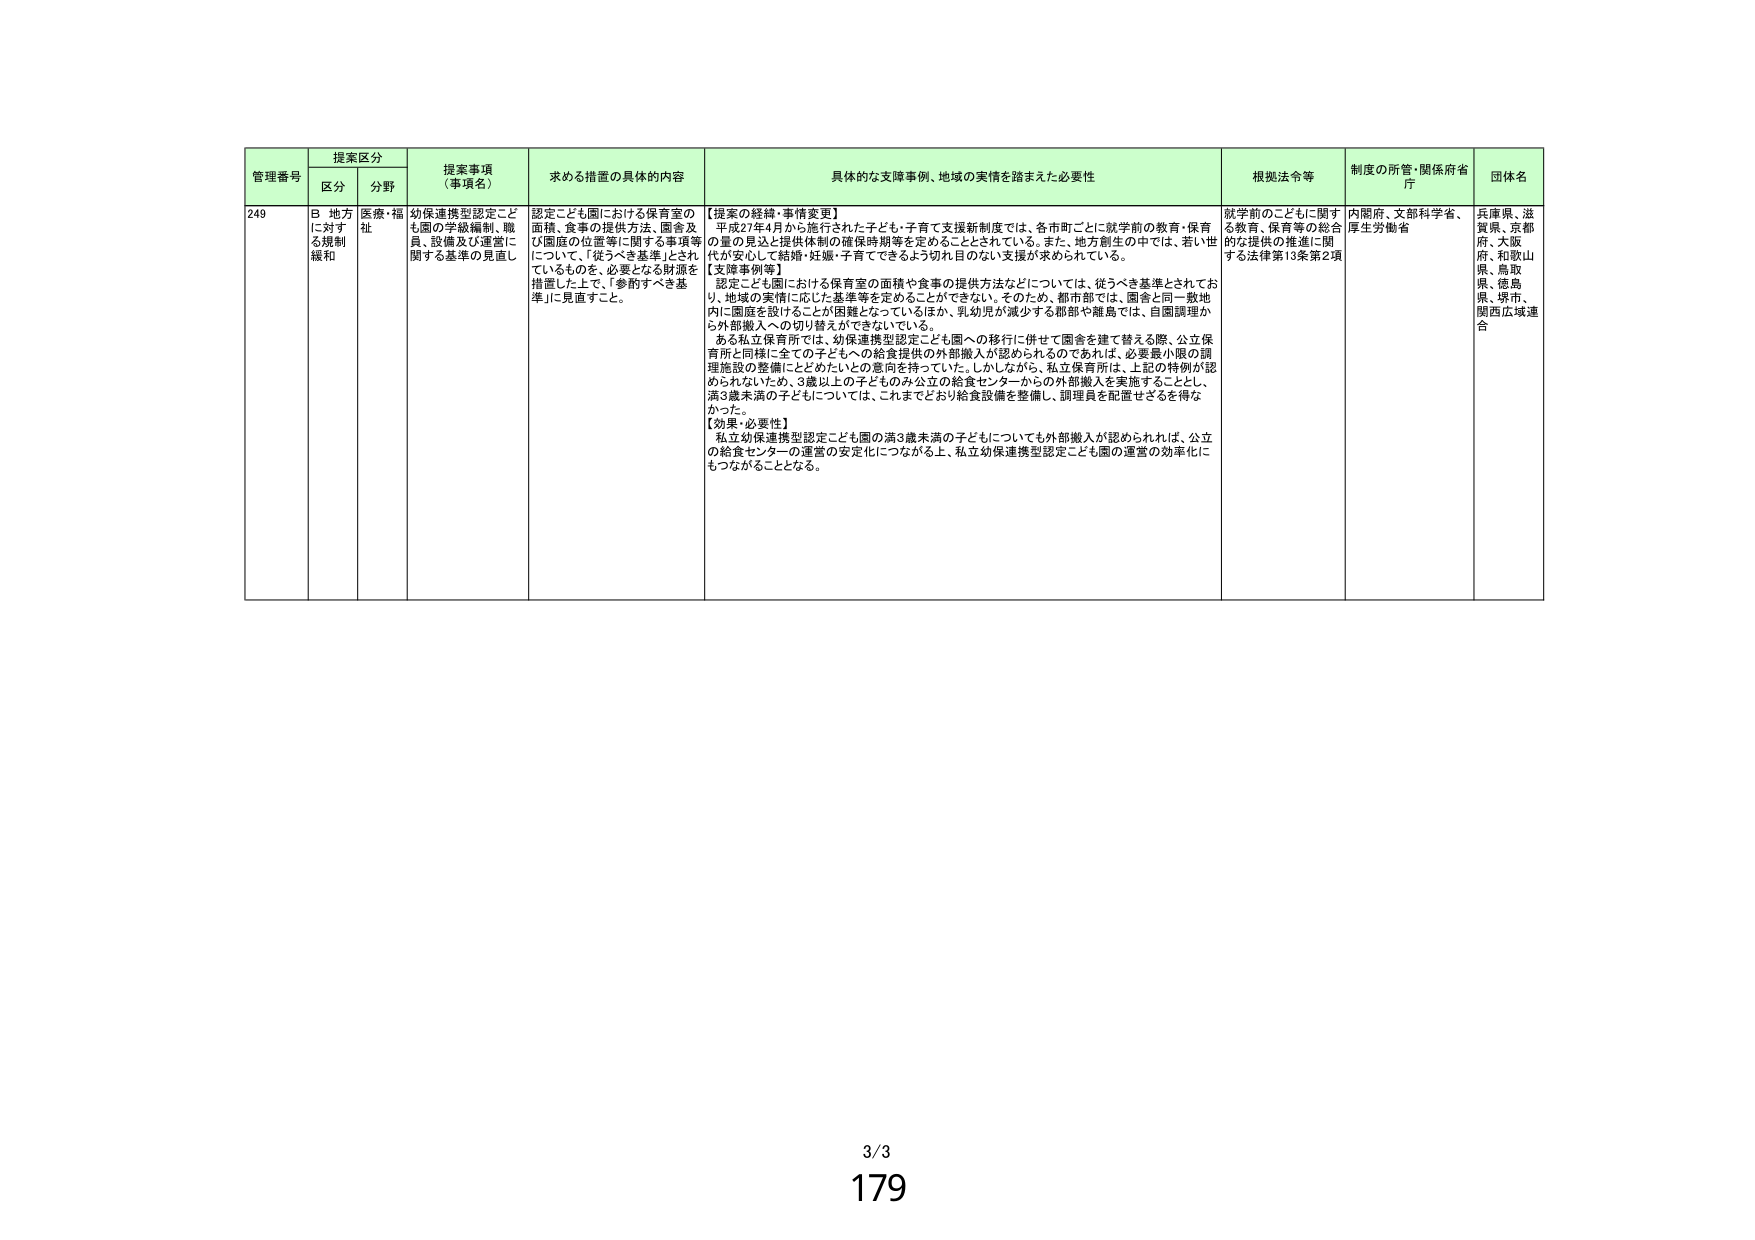
管理番号 提案区分 提案事項（事項名） 求める措置の具体的内容 具体的な支援事例、地域の実情を踏まえた必要性 根拠法令等 制度の所管・関係府省庁 団体名
区分 分野
249 B 地方に対する規制緩和 医療・福祉 幼保連携型認定こども園の学級編制、職員、設備及び運営に関する基準の見直し 認定こども園における保育室の面積、食事の提供方法、園舎及び園庭の位置等に関する事項等について、「従うべき基準」とされているものを、必要となる財源を措置した上で、「参酌すべき基準」に見直すこと。 【提案の経緯・事情変更】 平成27年4月から施行された子ども・子育て支援新制度では、各市町ごとに就学前の教育・保育の量の見込と提供体制の確保時期等を定めることとされている。また、地方創生の中では、若い世代が安心して結婚・妊娠・子育てできるよう切れ目のない支援が求められている。 【支援事例等】 認定こども園における保育室の面積や食事の提供方法などについては、従うべき基準とされており、地域の実情に応じた基準等を定めることができない。そのため、都市部では、園舎と同一敷地内に園庭を設けることが困難となっているほか、乳幼児が減少する郡部や離島では、自園調理から外部搬入への切り替えができない。 ある私立保育所では、幼保連携型認定こども園への移行に併せて園舎を建て替える際、公立保育所と同様に全ての子どもへの給食提供の外部搬入が認められるのであれば、必要最小限の調理施設の整備にとどめたいとの意向を持っていた。しかしながら、私立保育所は、上記の特例が認められないため、3歳以上の子どものみ公立の給食センターからの外部搬入を実施することとし、満3歳未満の子どもについては、これまでどおり給食設備を整備し、調理員を配置せざるを得なかった。 【効果・必要性】 私立幼保連携型認定こども園の満3歳未満の子どもについても外部搬入が認められれば、公立の給食センターの運営の安定化につながる上、私立幼保連携型認定こども園の運営の効率化にもつながることとなる。 就学前のこどもに関する教育、保育等の総合的な提供の推進に関する法律第13条第2項 内閣府、文部科学省、厚生労働省 兵庫県、滋賀県、京都府、大阪府、和歌山県、鳥取県、徳島県、堺市、関西広域連合
3/3
179